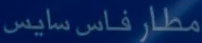
مطار فاس سايس